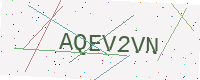
Text: AQEV2VN